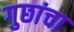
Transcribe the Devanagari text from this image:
गुछांचा